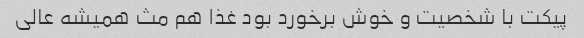
پیکت با شخصیت و خوش برخورد بود غذا هم مث همیشه عالی